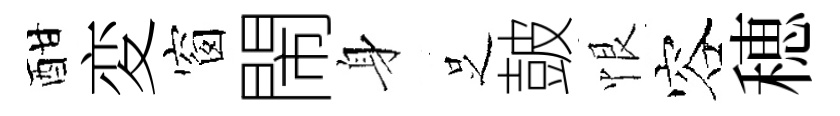
酣変窗閙身𠯁皷恨容穂